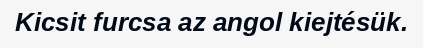
Kicsit furcsa az angol kiejtésük.